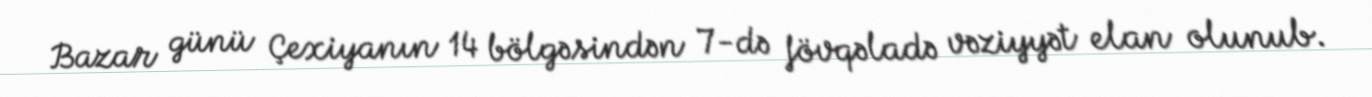
Bazar günü Çexiyanın 14 bölgəsindən 7-də fövqəladə vəziyyət elan olunub.